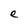
Character: e